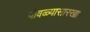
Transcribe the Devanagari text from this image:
पोवळ्यासारखा